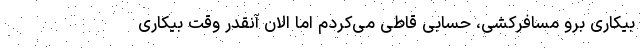
بیکاری برو مسافرکشی، حسابی قاطی می‌کردم اما الان آنقدر وقت بیکاری